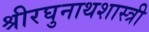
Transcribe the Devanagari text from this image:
श्रीरघुनाथशास्त्री